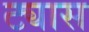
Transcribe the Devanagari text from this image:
ट्यास